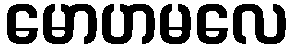
မောဟမလေ